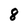
Character: 8